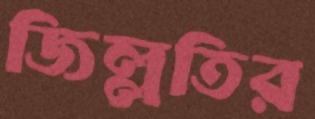
জিল্লতির